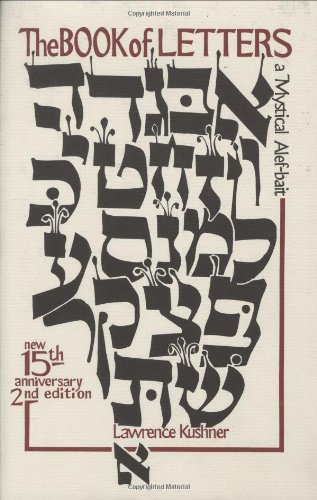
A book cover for The Book of Letters: A Mystical Hebrew Alphabet (Kushner); Rabbi Lawrence Kushner; Religion & Spirituality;